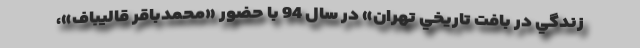
زندگي در بافت تاريخي تهران» در سال 94 با حضور «محمدباقر قاليباف»،